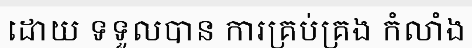
ដោយ ទទួលបាន ការគ្រប់គ្រង កំលាំង